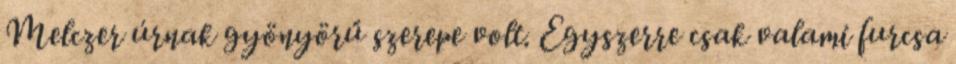
Melczer úrnak gyönyörű szerepe volt. Egyszerre csak valami furcsa